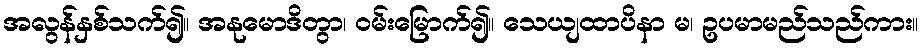
အလွန်နှစ်သက်၍။ အနုမောဒိတွာ၊ ဝမ်းမြောက်၍။ သေယျထာပိနာ မ၊ ဥပမာမည်သည်ကား။